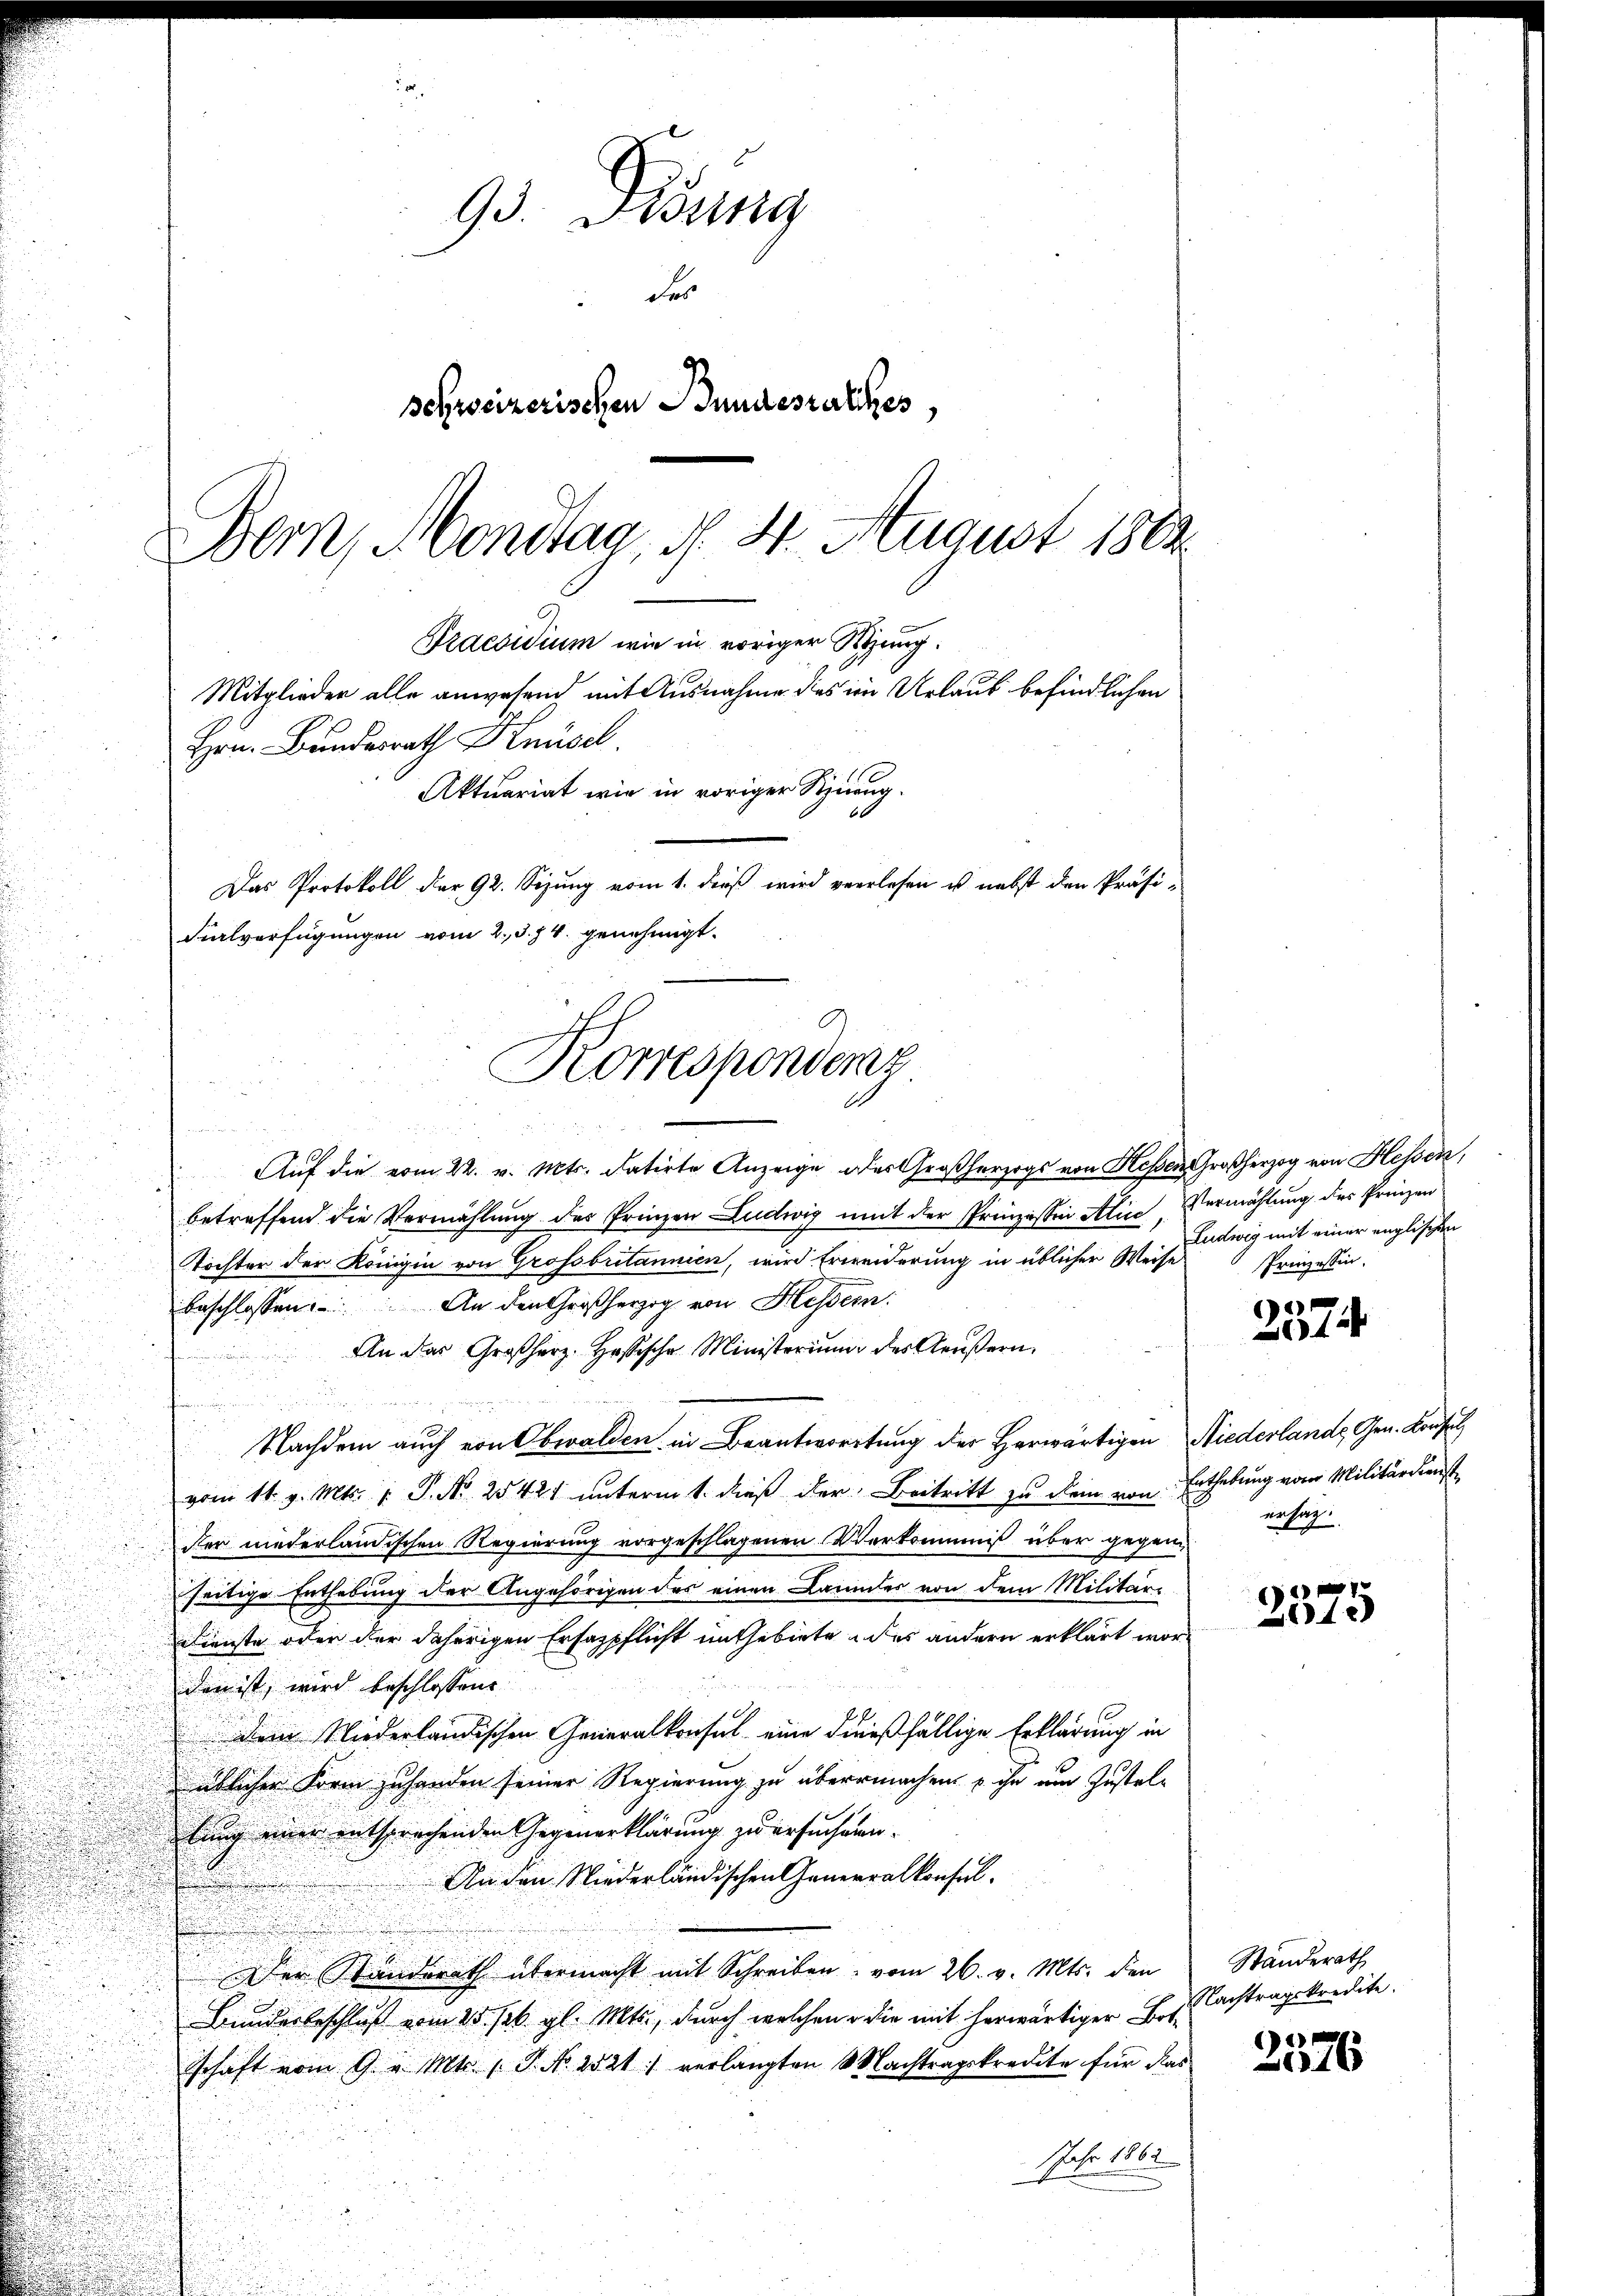
93. Disung
der
schweizerischen Bundesrathes,
Bern, Montag, d. 4. August 1889

Praesidium wie in voriger Stung.
Mitglieder alle anwesend mit Ausnahme des im Urlaub befindlichen
Hrn. Bundesrath Knüsel.
Aktuariat wie in voriger Schnung.
x
Das Protokoll der 92. Sizung vom 1. dieß wird verlesen ist nebst den Präsi-
Filverfügungen vom 2. d. 4. genehmigt.
Korrespondenz

u
u
n
Auf die vom 22. v. Mts. datirte Anzeige des Großherzogs von Hessen Großherzog von Hessen,
i
betreffend die Vermählung des Prinzen Ludwig mit der Prinzessin Alice, Vermählung des Prinzen
Töchter der Königin von Grossbritannien, wird Erweiderung in üblicher Weise
beschlossen: An den Großherzog von Hessern
An das Großherz. Hesische Ministerium des Aeußern,

Nachdem auch von Obwalden in Beantwortung der Herwärtigen Niederlande Gen. Konsul
vom 11. v. Mts. 1. P. Nr. 25421 unterm 1. dieß der Beitritt zu dein von Enthebung vom Militärdiensts
ster niederländischen Regierung vorgeschlagenen Verkommniß über gegen
seitige Enthebung der Angehörigen des einen Lanndes von dem Militär-
Dienste oder der daherigen Ersatzpflicht im Gebiete des andern erklärt worden ist, wird beschlossene
dem Niederländischen Generalkonsul eine dießfällige Erklärung in
üblicher Form zu handen seiner Regierung zu übermachen u ihn um Zustellung einer entsprechenden Gegenerklärung zu ersuchenen.
An den Niederländischen Generalkonsul
Der Standerath übermacht mit Schreiben vom 26. v. Mts. den
Bunderbeschluß vom 25. sel. gl. Mts., durch welchen die mit herwärtiger Botsschaft vom 9. v. Mts. 1. P. Nr. 2521) verlangten Machtragskredite für das
JJahr 1862

Ludwig mit einer englischen
Prinzessin.

2574

nächig

e
1x

Standerath
Nachtragskredite.

1
16